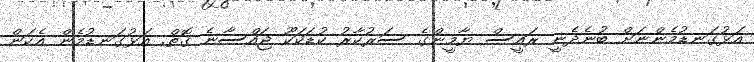
އަޅުގަނޑުމެންނަށް ބުނެދެނީ ރައީސް ޔާމީންގެ ސަރުކާރު ކުޑަކަކޫ ޖައްސާނެ ގޮތް. އަޅުގަނޑުމެން އެކަން